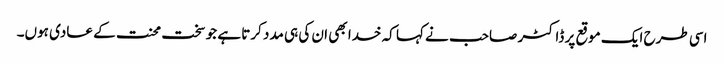
اسی طرح ایک موقع پر ڈاکٹر صاحب نے کہا کہ خدا بھی ان کی ہی مدد کرتا ہے جو سخت محنت کے عادی ہوں۔